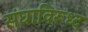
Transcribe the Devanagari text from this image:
संघाविरूध्द